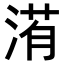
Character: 𣹀